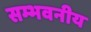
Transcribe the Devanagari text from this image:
सम्भवनीय